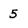
Character: 5